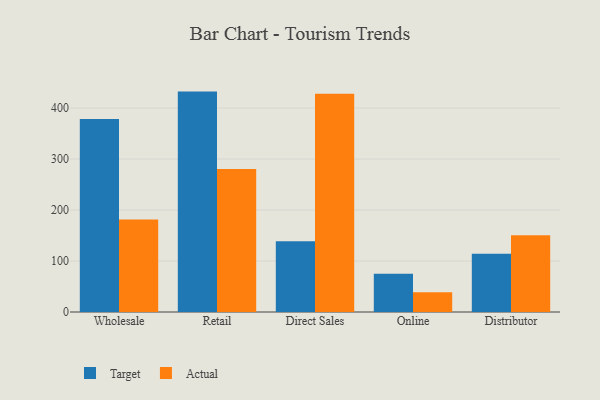
{"axis": {"x": "Channel", "y": "Energy Usage (MWh)"}, "legend": ["Actual", "Target"], "data": [{"x": "Wholesale", "y": 378.6, "type": "Target"}, {"x": "Wholesale", "y": 181.4, "type": "Actual"}, {"x": "Retail", "y": 432.3, "type": "Target"}, {"x": "Retail", "y": 280.7, "type": "Actual"}, {"x": "Direct Sales", "y": 138.6, "type": "Target"}, {"x": "Direct Sales", "y": 428.2, "type": "Actual"}, {"x": "Online", "y": 75.0, "type": "Target"}, {"x": "Online", "y": 38.8, "type": "Actual"}, {"x": "Distributor", "y": 114.1, "type": "Target"}, {"x": "Distributor", "y": 150.5, "type": "Actual"}]}